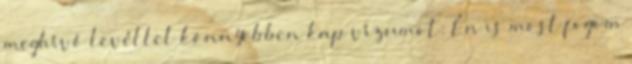
meghívó levéllel könnyebben kap vízumot: Én is most fogom